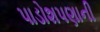
પાડોશપણાની